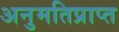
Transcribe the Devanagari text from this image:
अनुमतिप्राप्त